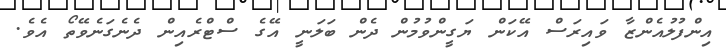
އިންފުލުއެންޒާ ވައިރަސް އޭކަން ޔަގީންވުމުން ދެން ބަލަނީ އޭގެ ސްޓްރެއިން ދެނެގަނެވޭތޯ އެވެ.